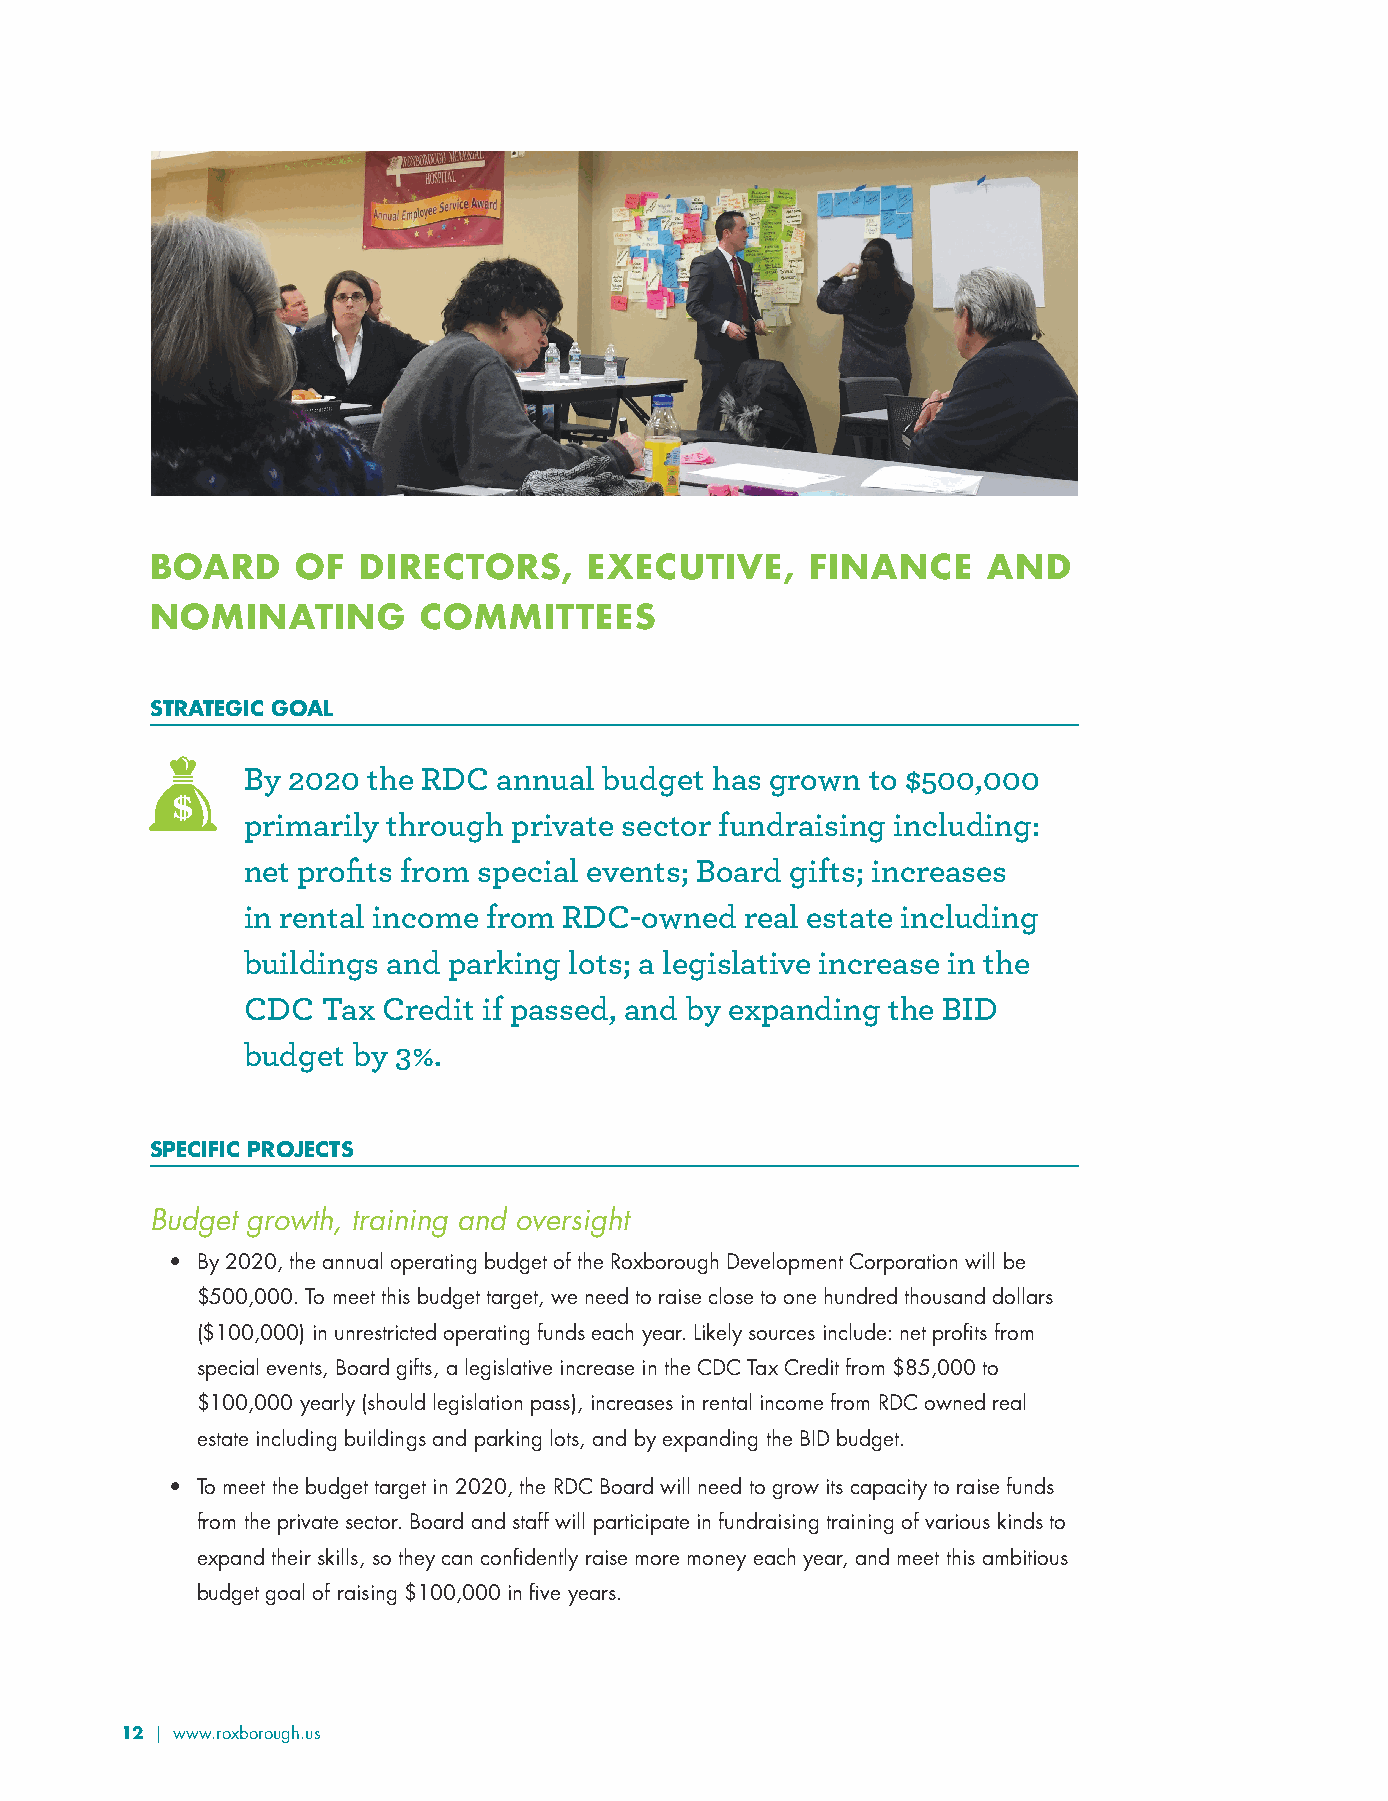
BOARD     OF  DIRECTORS,     EXECUTIVE,     FINANCE    AND
 NOMINATING        COMMITTEES
 STRATEGIC GOAL
 By 2020 the RDC  annual budget has grown to $500,000
 primarily through private sector fundraising including:
 net profits from special events; Board gifts; increases
 in rental income from RDC-owned  real estate including
 buildings and parking lots; a legislative increase in the
 CDC  Tax Credit if passed, and by expanding the BID
 budget by 3%.
 SPECIFIC PROJECTS
 Budget growth, training and oversight
 • By 2020, the annual operating budget of the Roxborough Development Corporation will be
 $500,000. To meet this budget target, we need to raise close to one hundred thousand dollars
 ($100,000) in unrestricted operating funds each year. Likely sources include: net profits from
 special events, Board gifts, a legislative increase in the CDC Tax Credit from $85,000 to
 $100,000 yearly (should legislation pass), increases in rental income from RDC owned real
 estate including buildings and parking lots, and by expanding the BID budget.
 • To meet the budget target in 2020, the RDC Board will need to grow its capacity to raise funds
 from the private sector. Board and staff will participate in fundraising training of various kinds to
 expand their skills, so they can confidently raise more money each year, and meet this ambitious
 budget goal of raising $100,000 in five years.
 12 | www.roxborough.us